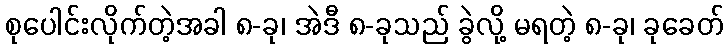
စုပေါင်းလိုက်တဲ့အခါ ၈-ခု၊ အဲဒီ ၈-ခုသည် ခွဲလို့ မရတဲ့ ၈-ခု၊ ခုခေတ်